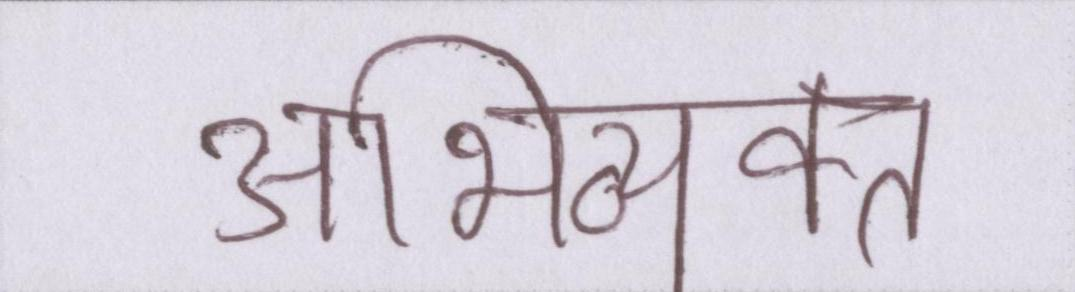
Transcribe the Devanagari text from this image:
अभिव्यक्त